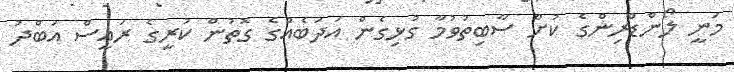
މަނީ ލޯންޑްރިންގެ ކުށް ސާބިތުވުމާ ގުޅިގެން އަދަބެއްގެ ގޮތުން ކުރީގެ ރައީސް އަބްދު